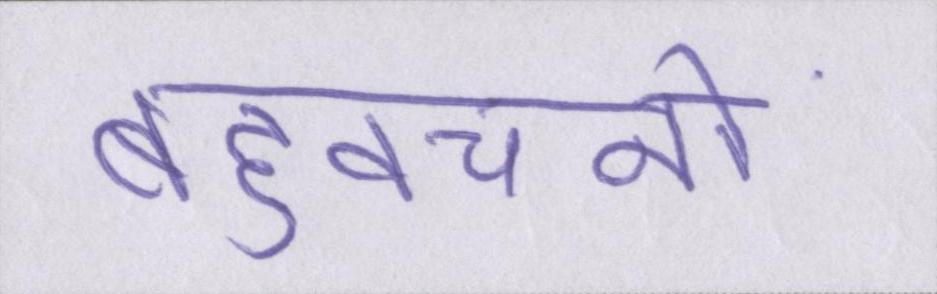
बहुवचनों